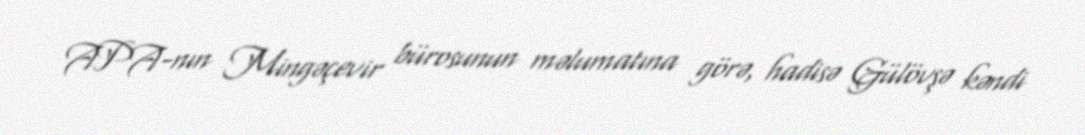
APA-nın Mingəçevir bürosunun məlumatına görə, hadisə Gülövşə kəndi